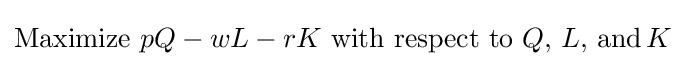
{\text{Maximize}}\,\,pQ-wL-rK\,\,{\text{with respect to}}\,\,Q,\,L,\,{\text{and}}\,K